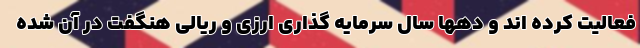
فعالیت کرده اند و دهها سال سرمایه گذاری ارزی و ریالی هنگفت در آن شده